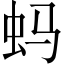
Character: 蚂